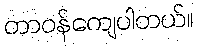
တာဝန်ကျေပါတယ်။